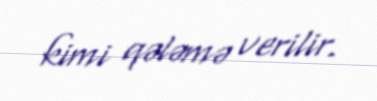
kimi qələmə verilir.